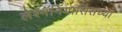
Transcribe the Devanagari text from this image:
लेश्मॅनियासिसच्या